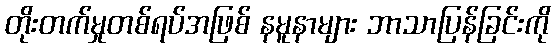
တိုးတက်မှုတစ်ရပ်အဖြစ် နမူနာများ ဘာသာပြန်ခြင်းကို